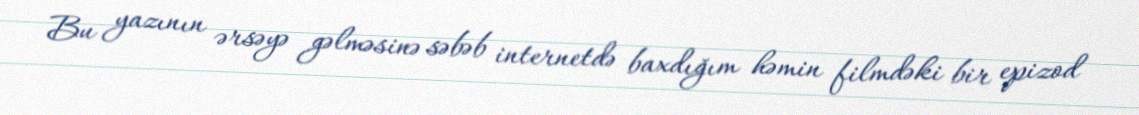
Bu yazının ərsəyə gəlməsinə səbəb internetdə baxdığım həmin filmdəki bir epizod